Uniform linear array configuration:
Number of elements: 24
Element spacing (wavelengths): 0.25
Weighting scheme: uniform
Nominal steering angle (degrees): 15
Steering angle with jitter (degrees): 15.07
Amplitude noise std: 0.05
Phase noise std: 0.05

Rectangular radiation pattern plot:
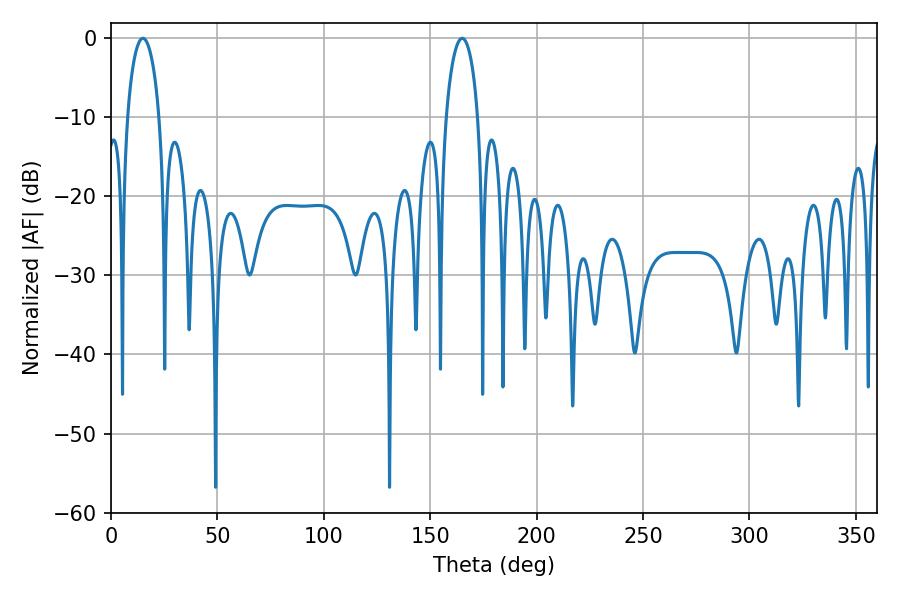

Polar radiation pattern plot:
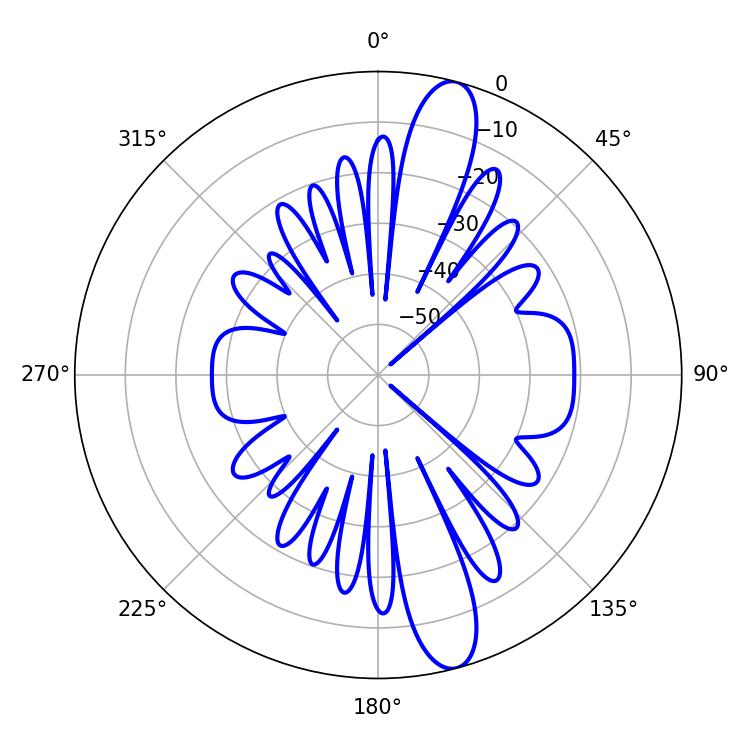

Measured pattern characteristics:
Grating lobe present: FALSE
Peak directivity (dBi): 13.46
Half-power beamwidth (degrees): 8.46
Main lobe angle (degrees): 165.06